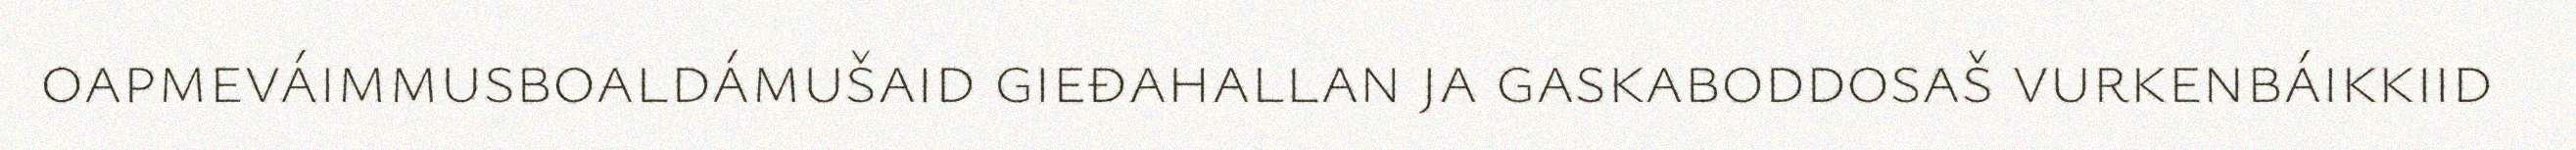
oapmeváimmusboaldámušaid gieđahallan ja gaskaboddosaš vurkenbáikkiid